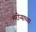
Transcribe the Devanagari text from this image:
मरोऱ्याच्या